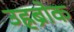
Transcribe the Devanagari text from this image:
उह्रब्रोक